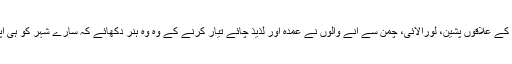
صوبہ بلوچستان کے علاقوں پشین، لورالائی، چمن سے آنے والوں نے عمدہ اور لذیذ چائے تیار کرنے کے وہ وہ ہنر دکھائے کہ سارے شہر کو ہی اپنا گرویدہ بنا لیا۔